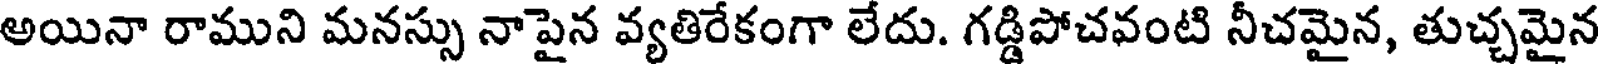
అయినా రాముని మనస్సు నాపైన వ్యతిరేకంగా లేదు. గడ్డిపోచవంటి నీచమైన, తుచ్చమైన